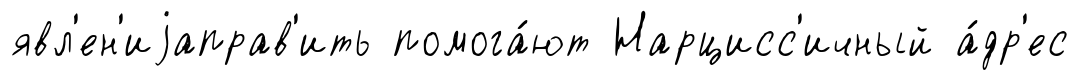
явл'ен'иjаправ'ить помога́ют Нарцисс'ичный а́др'ес